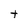
Character: t